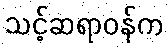
သင့်ဆရာဝန်က